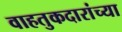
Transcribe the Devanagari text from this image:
वाहतुकदारांच्या